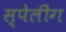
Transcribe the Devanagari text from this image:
स्पेलींग